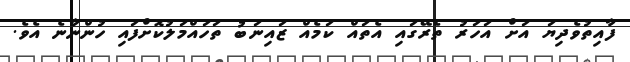
ފާއިތުވެދިޔަ އަށް އަހަރު ތެރޭގައި އެތައް ކަމެއް ޒައިނަބު ތަހައްމަލުކޮށްފައި ހުންނާނެ އެވެ.